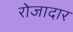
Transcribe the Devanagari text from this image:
रोजादार